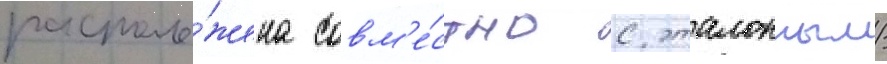
располо́жена совм'е́стно с эталонным/